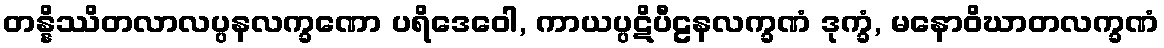
တန္နိဿိတလာလပ္ပနလက္ခဏော ပရိဒေဝေါ, ကာယပ္ပဋိပီဠနလက္ခဏံ ဒုက္ခံ, မနောဝိဃာတလက္ခဏံ